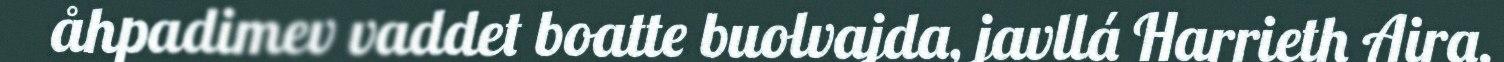
åhpadimev vaddet boatte buolvajda, javllá Harrieth Aira.